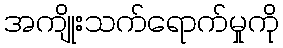
အကျိုးသက်ရောက်မှုကို